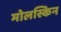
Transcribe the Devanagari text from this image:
मोलस्किन